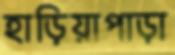
হাড়িয়াপাড়া